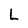
Character: L